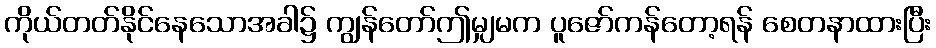
ကိုယ်တတ်နိုင်နေသောအခါ၌ ကျွန်တော်ဤမျှမက ပူဇော်ကန်တော့ရန် စေတနာထားပြီး